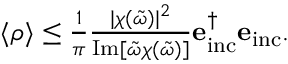
\begin{array} { r } { \langle \rho \rangle \leq \frac { 1 } { \pi } \frac { | \chi ( \tilde { \omega } ) | ^ { 2 } } { \operatorname { I m } [ \tilde { \omega } \chi ( \tilde { \omega } ) ] } \mathbf { e } _ { \mathrm { i n c } } ^ { \dagger } \mathbf { e } _ { \mathrm { i n c } } . } \end{array}